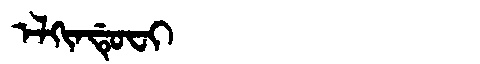
Manchu: ᡝᠯᡴᡳᠨᡩᡠᠸᡳ
Romanization: ELKINDUFI